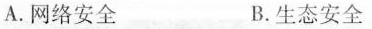
A.网络安全 B.生态安全